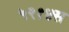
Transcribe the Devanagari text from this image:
५२१४स